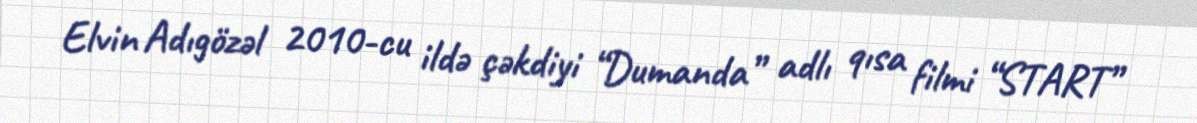
Elvin Adıgözəl 2010-cu ildə çəkdiyi “Dumanda” adlı qısa filmi “START”